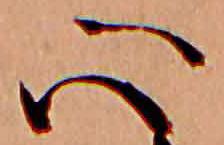
心